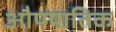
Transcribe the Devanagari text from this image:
औपपातिक